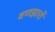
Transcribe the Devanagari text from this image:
वणझारों